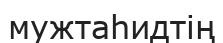
мужтаһидтің